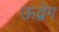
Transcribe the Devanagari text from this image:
ऊद्वेग